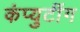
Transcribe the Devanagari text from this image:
कंप्युटींग